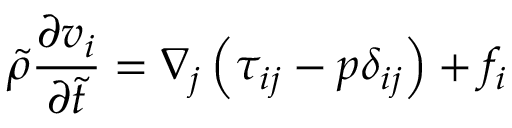
\widetilde { \rho } \frac { \partial v _ { i } } { \partial \widetilde { t } } = \nabla _ { j } \left( \tau _ { i j } - p \delta _ { i j } \right) + f _ { i }